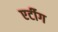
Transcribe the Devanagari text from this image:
एर्टीग